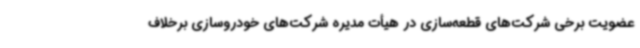
عضویت برخی شرکت‌های قطعه‌سازی در هیأت مدیره شرکت‌های خودروسازی برخلاف